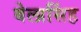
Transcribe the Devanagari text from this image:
बेलासिंह